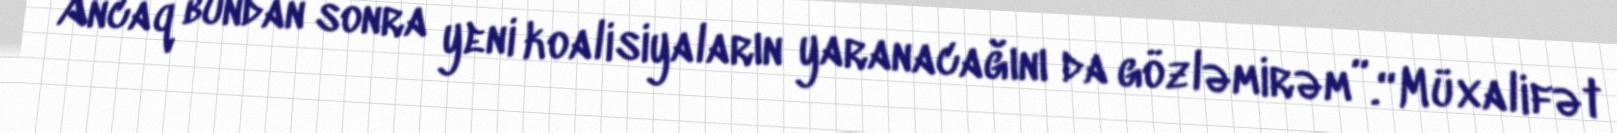
Ancaq bundan sonra yeni koalisiyaların yaranacağını da gözləmirəm”.“Müxalifət